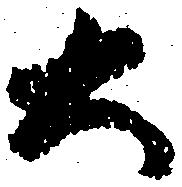
大